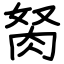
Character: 胬